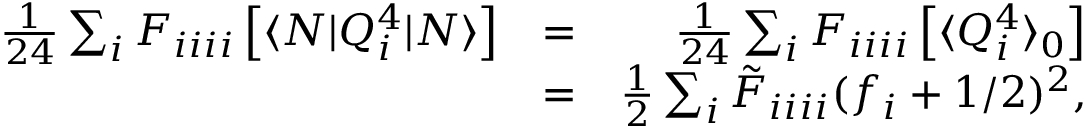
\begin{array} { r l r } { \frac { 1 } { 2 4 } \sum _ { i } F _ { i i i i } \left[ \langle N | Q _ { i } ^ { 4 } | N \rangle \right] } & { = } & { \frac { 1 } { 2 4 } \sum _ { i } F _ { i i i i } \left[ \langle { Q _ { i } ^ { 4 } } \rangle _ { 0 } \right] } \\ & { = } & { \frac { 1 } { 2 } \sum _ { i } \tilde { F } _ { i i i i } { ( f _ { i } + 1 / 2 ) ^ { 2 } } , } \end{array}